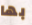
بها